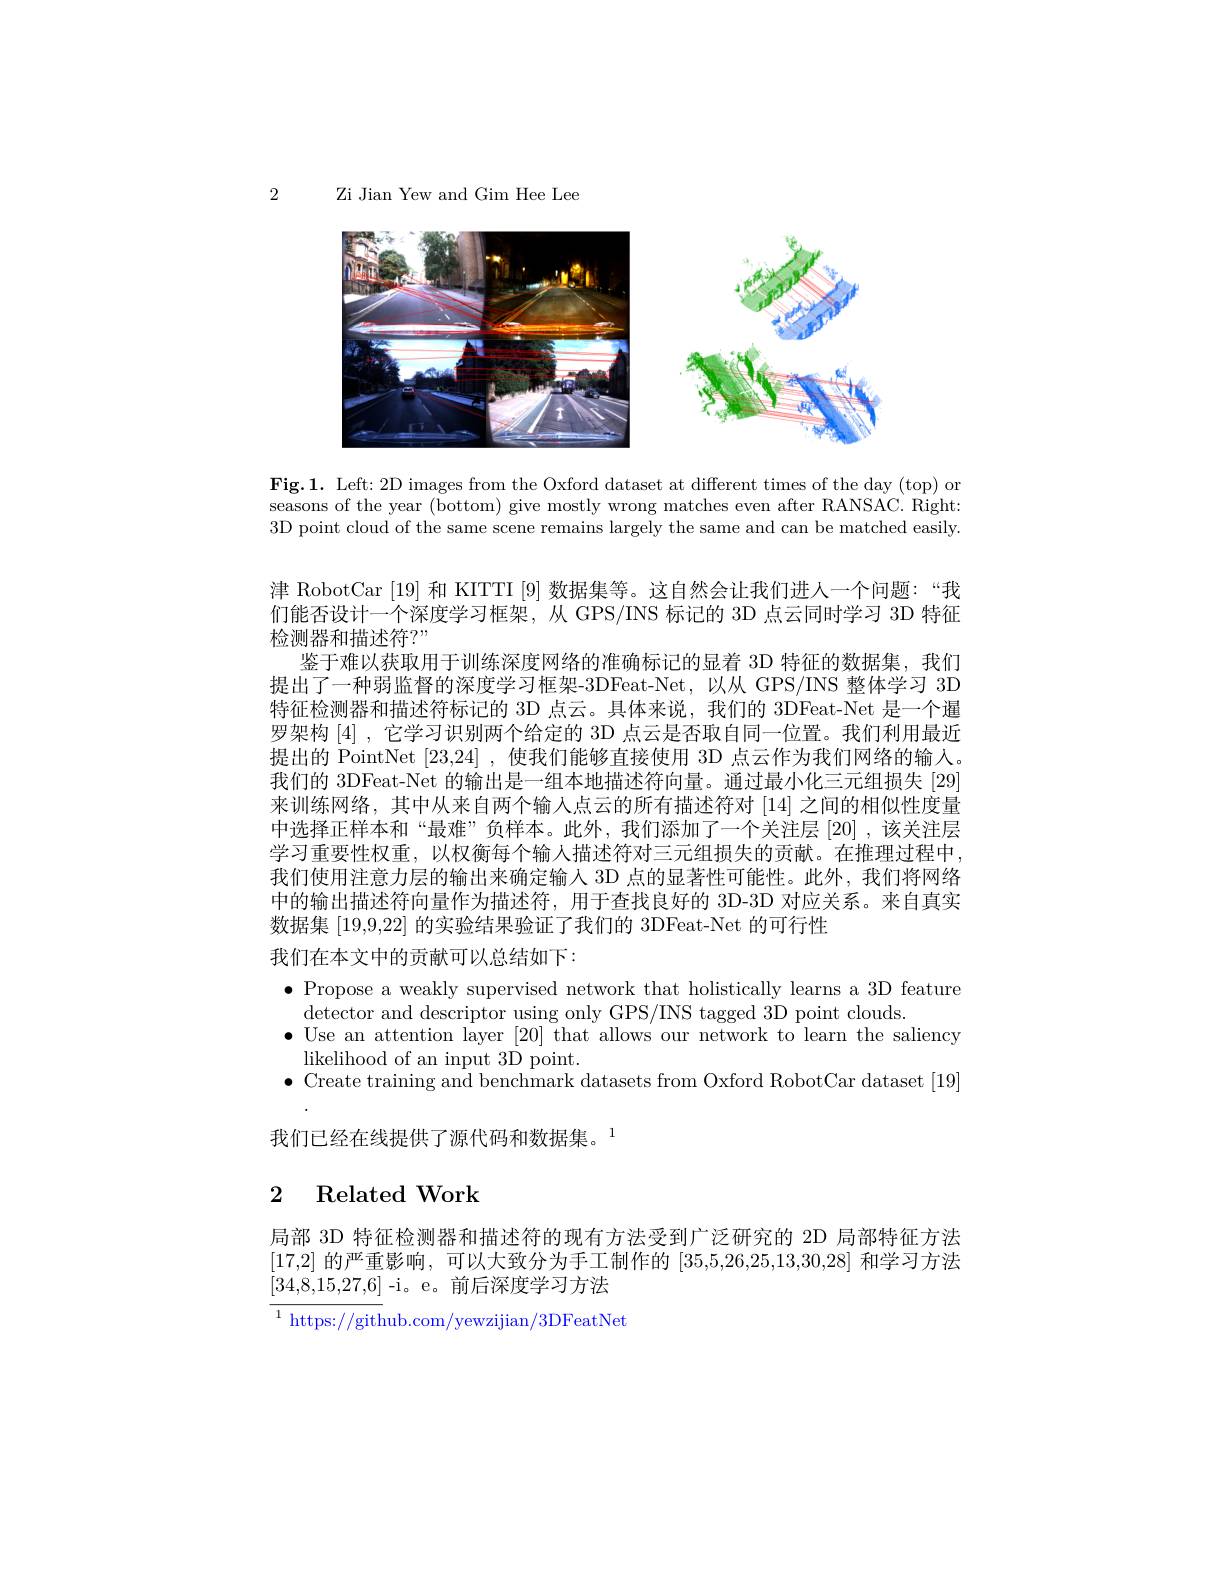
2

Zi Jian Yew and Gim Hee Lee

<FigureHere>

Fig.1. Left: 2D images from the Oxford dataset at different times of the day (top) or seasons of the year (bottom) give mostly wrong matches even after RANSAC. Right: 3D point cloud of the same scene remains largely the same and can be matched easily.

津 RobotCar [19] 和 KITTI [9] 数据集等。这自然会让我们进人一个问题：“我们能否设计一个深度学习框架，从 GPS/INS 标记的 3D 点云同时学习 3D 特征检测器和描述符？"
鉴于难以获取用于训练深度网络的准确标记的显着 3D 特征的数据集，我们提出了一种弱监督的深度学习框架-3DFeat-Net,以从 GPS/INS 整体学习 3D 特征检测器和描述符标记的 3D 点云。具体来说，我们的 3DFeat-Net 是一个暹罗架构[4],它学习识别两个给定的 3D 点云是否取自同一位置。我们利用最近提出的 PointNet [23,24] ,使我们能够直接使用 3D 点云作为我们网络的输入。我们的 3DFeat-Net 的输出是一组本地描述符向量。通过最小化三元组损失 [29] 来训练网络，其中从来自两个输入点云的所有描述符对 [14] 之间的相似性度量中选择正样本和“最难”负样本。此外，我们添加了一个关注层[20] ,该关注层学习重要性权重，以权衡每个输入描述符对三元组损失的贡献。在推理过程中， 我们使用注意力层的输出来确定输人 3D 点的显著性可能性。此外，我们将网络中的输出描述符向量作为描述符，用于查找良好的 3D-3D 对应关系。来自真实数据集[19,9,22]的实验结果验证了我们的 3DFeat-Net 的可行性
我们在本文中的贡献可以总结如下：
$\bullet$ Propose a weakly supervised network that holistically learns a 3D feature
detector and descriptor using only GPS/INS tagged 3D point clouds.
$\bullet$ Use an attention layer [20] that allows our network to learn the saliency
likelihood of an input 3D point.
$\bullet$ Create training and benchmark datasets from Oxford RobotCar dataset [19]
我们已经在线提供了源代码和数据集。1

## 2 Related Work

局部 3D 特征检测器和描述符的现有方法受到广泛研究的 2D 局部特征方法[17,2]的严重影响，可以大致分为手工制作的[35,5,26,25,13,30,28]和学习方法[34,8,15,27,6]-i。e。前后深度学习方法
$^{1}$https://github.com/yewzijian/3DFeatNet